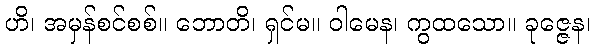
ဟိ၊ အမှန်စင်စစ်။ ဘောတိ၊ ရှင်မ။ ဝါမေန၊ ကွထသော။ ခုဇ္ဇေန၊